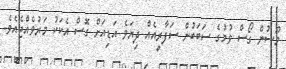
މޫސުން ގޯސް ވުމުގެ ސަބަބުން ސަފާރީއެއް ދިޔަވެ އަޑިއަށް ގޮސް އެކަކު މަރުވެއްޖެއެވެ.